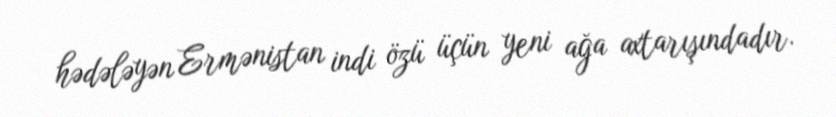
hədələyən Ermənistan indi özü üçün yeni ağa axtarışındadır.